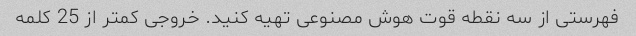
فهرستی از سه نقطه قوت هوش مصنوعی تهیه کنید. خروجی کمتر از 25 کلمه